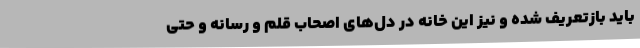
باید بازتعریف شده و نیز این خانه در دل‌های اصحاب قلم و رسانه و حتی